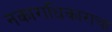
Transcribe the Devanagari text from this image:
नकाराधिकाराचा